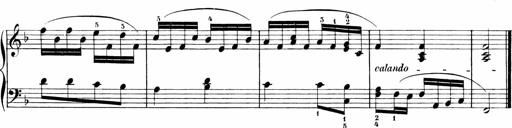
Title: Sonatinen Op.47, 98 und 136, nebst 6 Liedersonatinen
Composer: Carl Reinecke